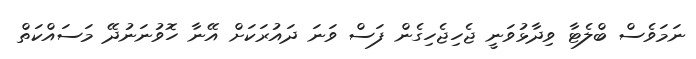
ނަމަވެސް ބްލެޓާ ވިދާޅުވަނީ ޖެހިޖެހިގެން ފަސް ވަނަ ދައުރަކަށް އޭނާ ހޮވުނަނުދޭ މަސައްކަތް